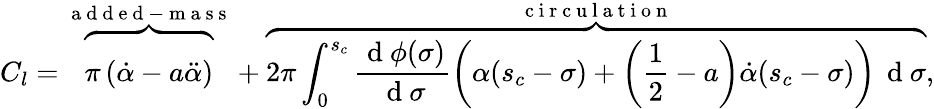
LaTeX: C_{l}=\overbrace{\vphantom{\int}\pi\left(\dot{\alpha}-a\ddot{\alpha}\right)}^{\mathrm{~a~d~d~e~d~-~m~a~s~s~}}+\overbrace{2\pi\int_{0}^{s_{c}}\frac{\mathrm{~d~}\phi(\sigma)}{\mathrm{~d~}\sigma}\left(\alpha(s_{c}-\sigma)+\left(\frac{1}{2}-a\right)\dot{\alpha}(s_{c}-\sigma)\right)\, \mathrm{~d~}\sigma}^{\mathrm{~c~i~r~c~u~l~a~t~i~o~n~}},